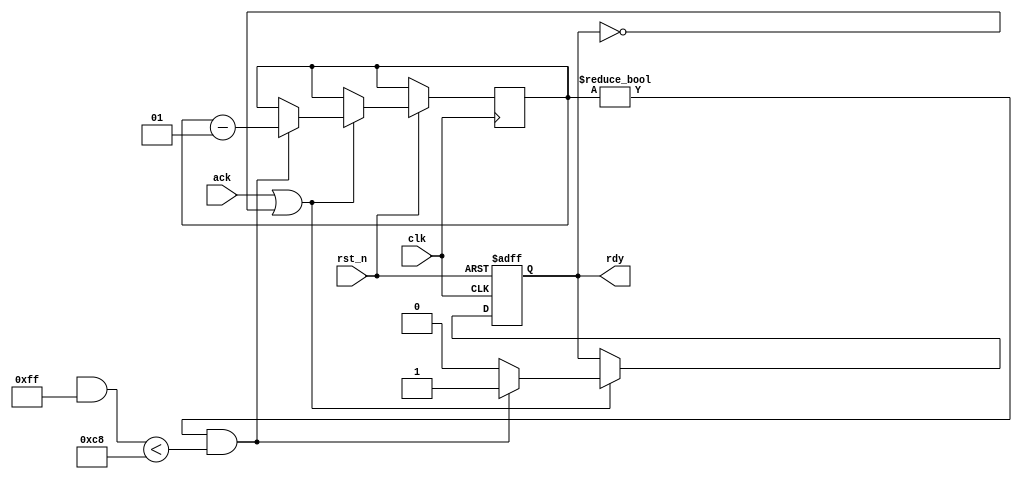
module PPRandomSrc #(
	parameter PROB = 200,
	parameter ORDER = 8
)(
	input      clk,
	input      rst_n,
	output reg rdy,
	input      ack
);

localparam MASK = (1<<ORDER)-1;
integer count;
always @(posedge clk or negedge rst_n) begin
	if(!rst_n) begin
		rdy <= 0;
	end else if (ack || !rdy) begin
		if (count != 0 && ($random & MASK) < PROB) begin
			rdy <= 1;
			count <= count - 1;
		end else begin
			rdy <= 0;
		end
	end
end

endmodule